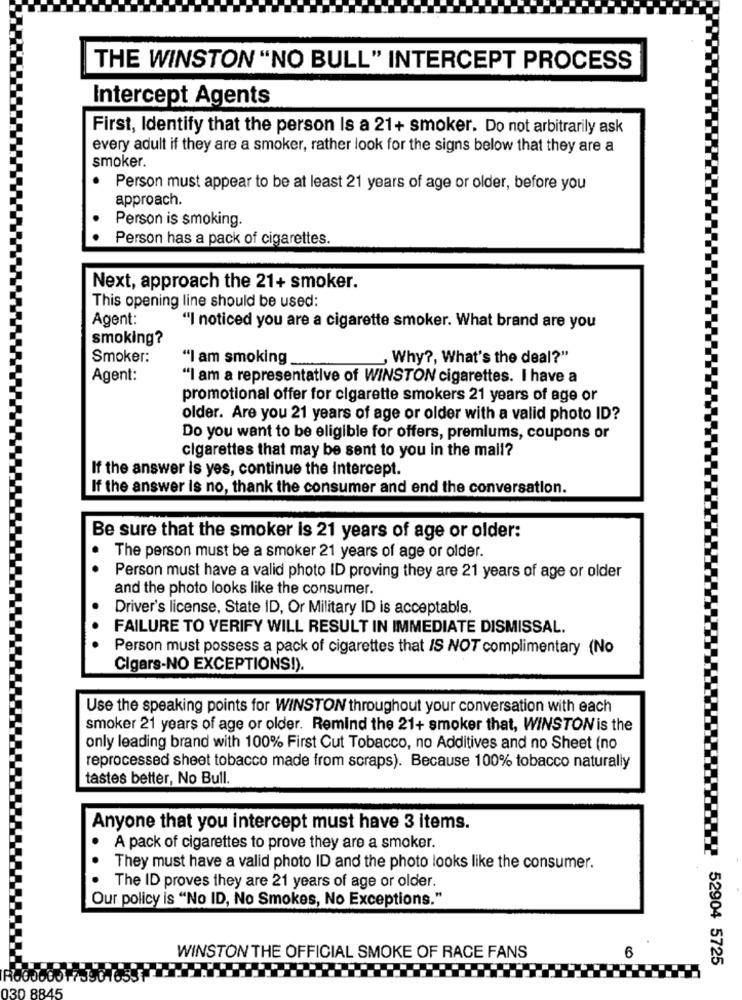
THE WINSTON "NO BULL" INTERCEPT PROCESS
Intercept Agents
First, Identify that the person Is a 21+ smoker. Do not arbitrarily ask
every adult if they are a smoker, rather look for the signs below that they are a
smoker.
Person must appear to be at least 21 years of age or older, before you
approach.
Person is smoking.
Person has a pack of cigarettes.
Next, approach the 21+ smoker.
This opening line should be used:
Agent:
"I noticed you are a cigarette smoker. What brand are you
smoking?
Smoker:
"I am smoking
, Why ?, What's the deal?"
Agent:
"I am a representative of WINSTON cigarettes. I have a
promotional offer for cigarette smokers 21 years of age or
older. Are you 21 years of age or older with a valid photo ID?
Do you want to be eligible for offers, premiums, coupons or
cigarettes that may be sent to you in the mall?
If the answer is yes, continue the Intercept.
If the answer is no, thank the consumer and end the conversation.
Be sure that the smoker is 21 years of age or older:
The person must be a smoker 21 years of age or older.
Person must have a valid photo ID proving they are 21 years of age or older
and the photo looks like the consumer.
Driver's license, State ID, Or Military ID is acceptable.
FAILURE TO VERIFY WILL RESULT IN IMMEDIATE DISMISSAL.
Person must possess a pack of cigarettes that IS NOT complimentary (No
Cigars-NO EXCEPTIONS!).
Use the speaking points for WINSTON throughout your conversation with each
smoker 21 years of age or older. Remind the 21+ smoker that, WINSTON is the
only leading brand with 100% First Cut Tobacco, no Additives and no Sheet (no
reprocessed sheet tobacco made from scraps). Because 100% tobacco naturally
tastes better, No Bull.
Anyone that you intercept must have 3 items.
A pack of cigarettes to prove they are a smoker.
They must have a valid photo ID and the photo looks like the consumer.
The ID proves they are 21 years of age or older.
Our policy is "No ID, No Smokes, No Exceptions."
WINSTON THE OFFICIAL SMOKE OF RACE FANS
6
. 52904 5725